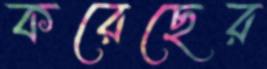
করেছের